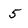
Character: 5